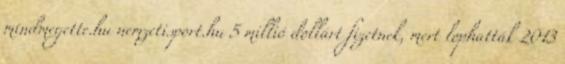
mindmegette.hu nemzetisport.hu 5 millió dollárt fizetnek, mert lophatták 2013